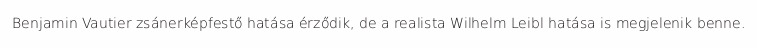
Benjamin Vautier zsánerképfestő hatása érződik, de a realista Wilhelm Leibl hatása is megjelenik benne.